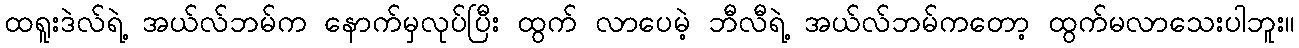
ထရူးဒဲလ်ရဲ့ အယ်လ်ဘမ်က နောက်မှလုပ်ပြီး ထွက် လာပေမဲ့ ဘီလီရဲ့ အယ်လ်ဘမ်ကတော့ ထွက်မလာသေးပါဘူး။